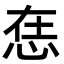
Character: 𢙮